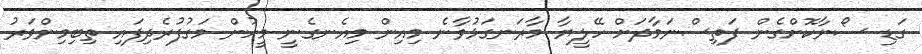
ގަޑި ސޯނާކޮށްގެން ފަތިސްނަމާދަށް ހޭލީޔާ މާރަނގަޅުވާނެ މިއިން މިއެނގެނީ މީހުން މަގުފުރެދިފައި ތިބިމިންވަރު